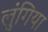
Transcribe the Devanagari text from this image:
लुंगिया